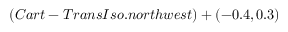
( C a r t - T r a n s I s o . n o r t h w e s t ) + ( - 0 . 4 , 0 . 3 )